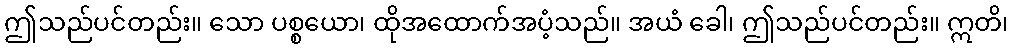
ဤသည်ပင်တည်း။ သော ပစ္စယော၊ ထိုအထောက်အပံ့သည်။ အယံ ခေါ၊ ဤသည်ပင်တည်း။ ဣတိ၊